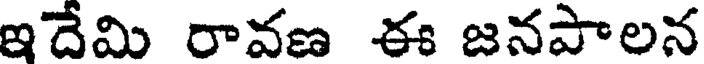
ఇదేమి రావణ ఈ జనపాలన